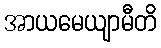
အာယမေယျာမီတိ